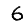
Digit: 6